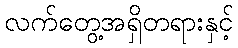
လက်တွေ့အရှိတရားနှင့်